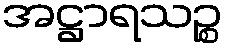
အဋ္ဌာရသဉ္စ